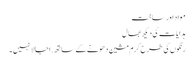
مواد اور ساخت
ہدایات کی دیکھ بھال
رنگوں کی طرح گرم مشین دھونے کے ساتھ. اجالا نہیں ۔